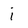
Character: i